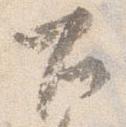
右